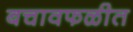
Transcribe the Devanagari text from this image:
बचावफळीत